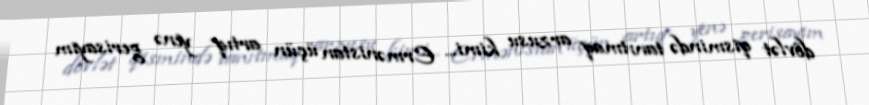
dövlət qismində tanıtmaq arzusu kimi... Ermənistan üçün artıq yenə gerisayım